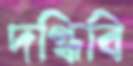
দগ্ধিবি